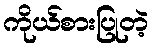
ကိုယ်စားပြုတဲ့